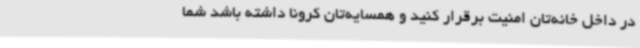
در داخل خانه‌تان امنیت برقرار کنید و همسایه‌تان کرونا داشته باشد شما